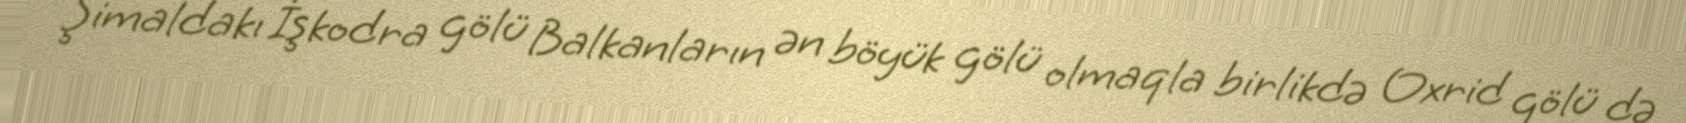
Şimaldakı İşkodra gölü Balkanların ən böyük gölü olmaqla birlikdə Oxrid gölü də